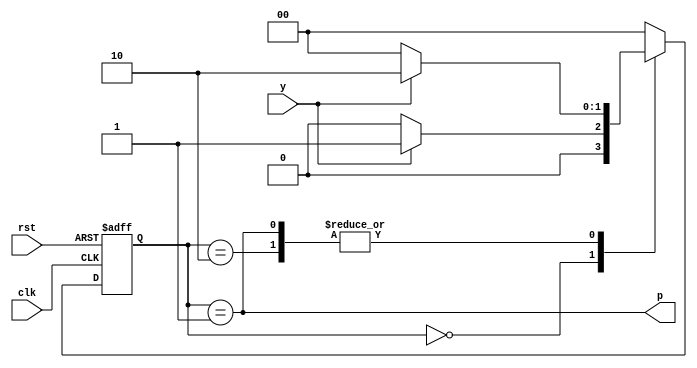
module edg(
    input y,rst,clk,
    output p
);
localparam edge_S0=2'd0;
localparam edge_S1=2'd1;
localparam edge_S2=2'd2;

reg [1:0]edge_state,edge_next_state;

//output logic
assign  p = (edge_state==edge_S1); 

//state logic
always @(posedge clk, posedge rst)
  if (rst) edge_state <= edge_S0;
  else edge_state <= edge_next_state; 

//next state logic
always @* begin 
  edge_next_state = edge_state;
  case (edge_state)
    edge_S0: if (y) edge_next_state = edge_S1;
            else edge_next_state = edge_S0;
    edge_S1: if (y) edge_next_state = edge_S2;
            else edge_next_state = edge_S0;
    edge_S2: if (y) edge_next_state = edge_S2;
            else edge_next_state = edge_S0;
    default: edge_next_state = edge_S0;
  endcase
end
endmodule